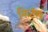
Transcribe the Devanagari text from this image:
किटंस